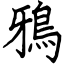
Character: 鴉